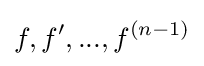
f,f',...,f^{(n-1)}